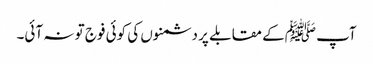
آپ ﷺکے مقابلے پر دشمنوں کی کوئی فوج تو نہ آئی۔